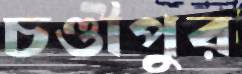
চণ্ডীপুর